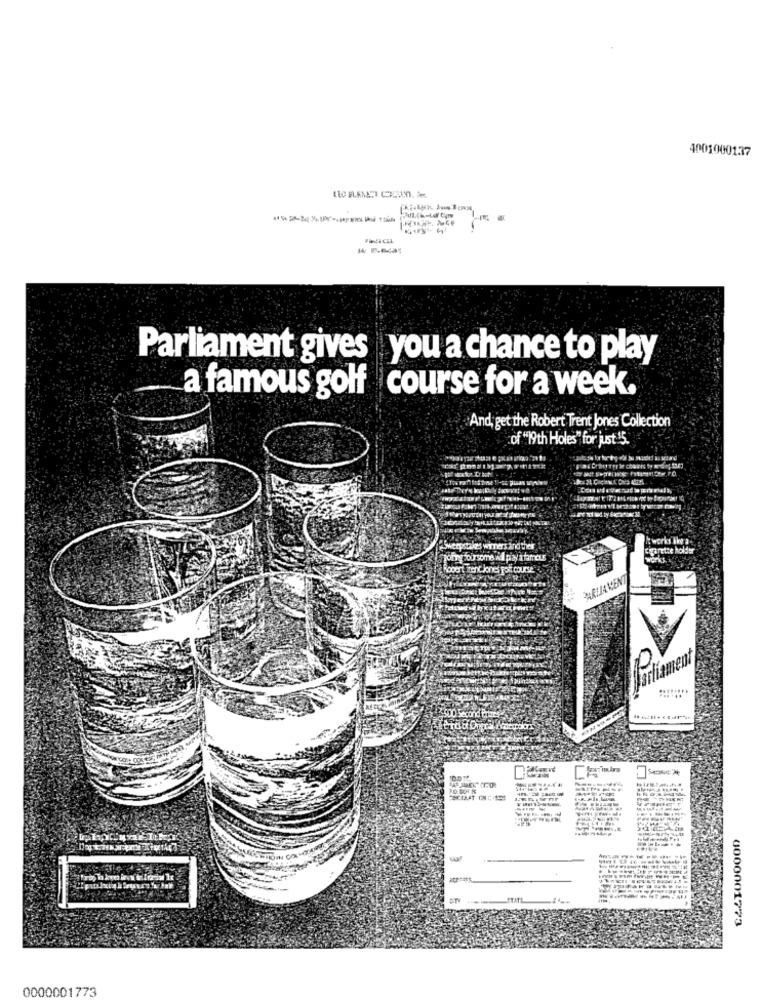
40010001.37
Parliament gives you a chance to play
a famous golf course for a week.
And, get the Robert Trent Jones Collection
of "19th Holes" for just 15.
works like a
Sweepstakes winers and ther
Tourette holder
jonnyfoursome Il pizy afamous
Robert Trentjones Fok course
PARLIAMENT
element
---------
0000001773
0000001773